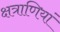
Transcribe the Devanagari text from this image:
क्षत्राणियां